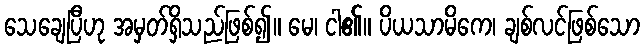
သေချေပြီဟု အမှတ်ရှိသည်ဖြစ်၍။ မေ၊ ငါ၏။ ပိယသာမိကေ၊ ချစ်လင်ဖြစ်သော